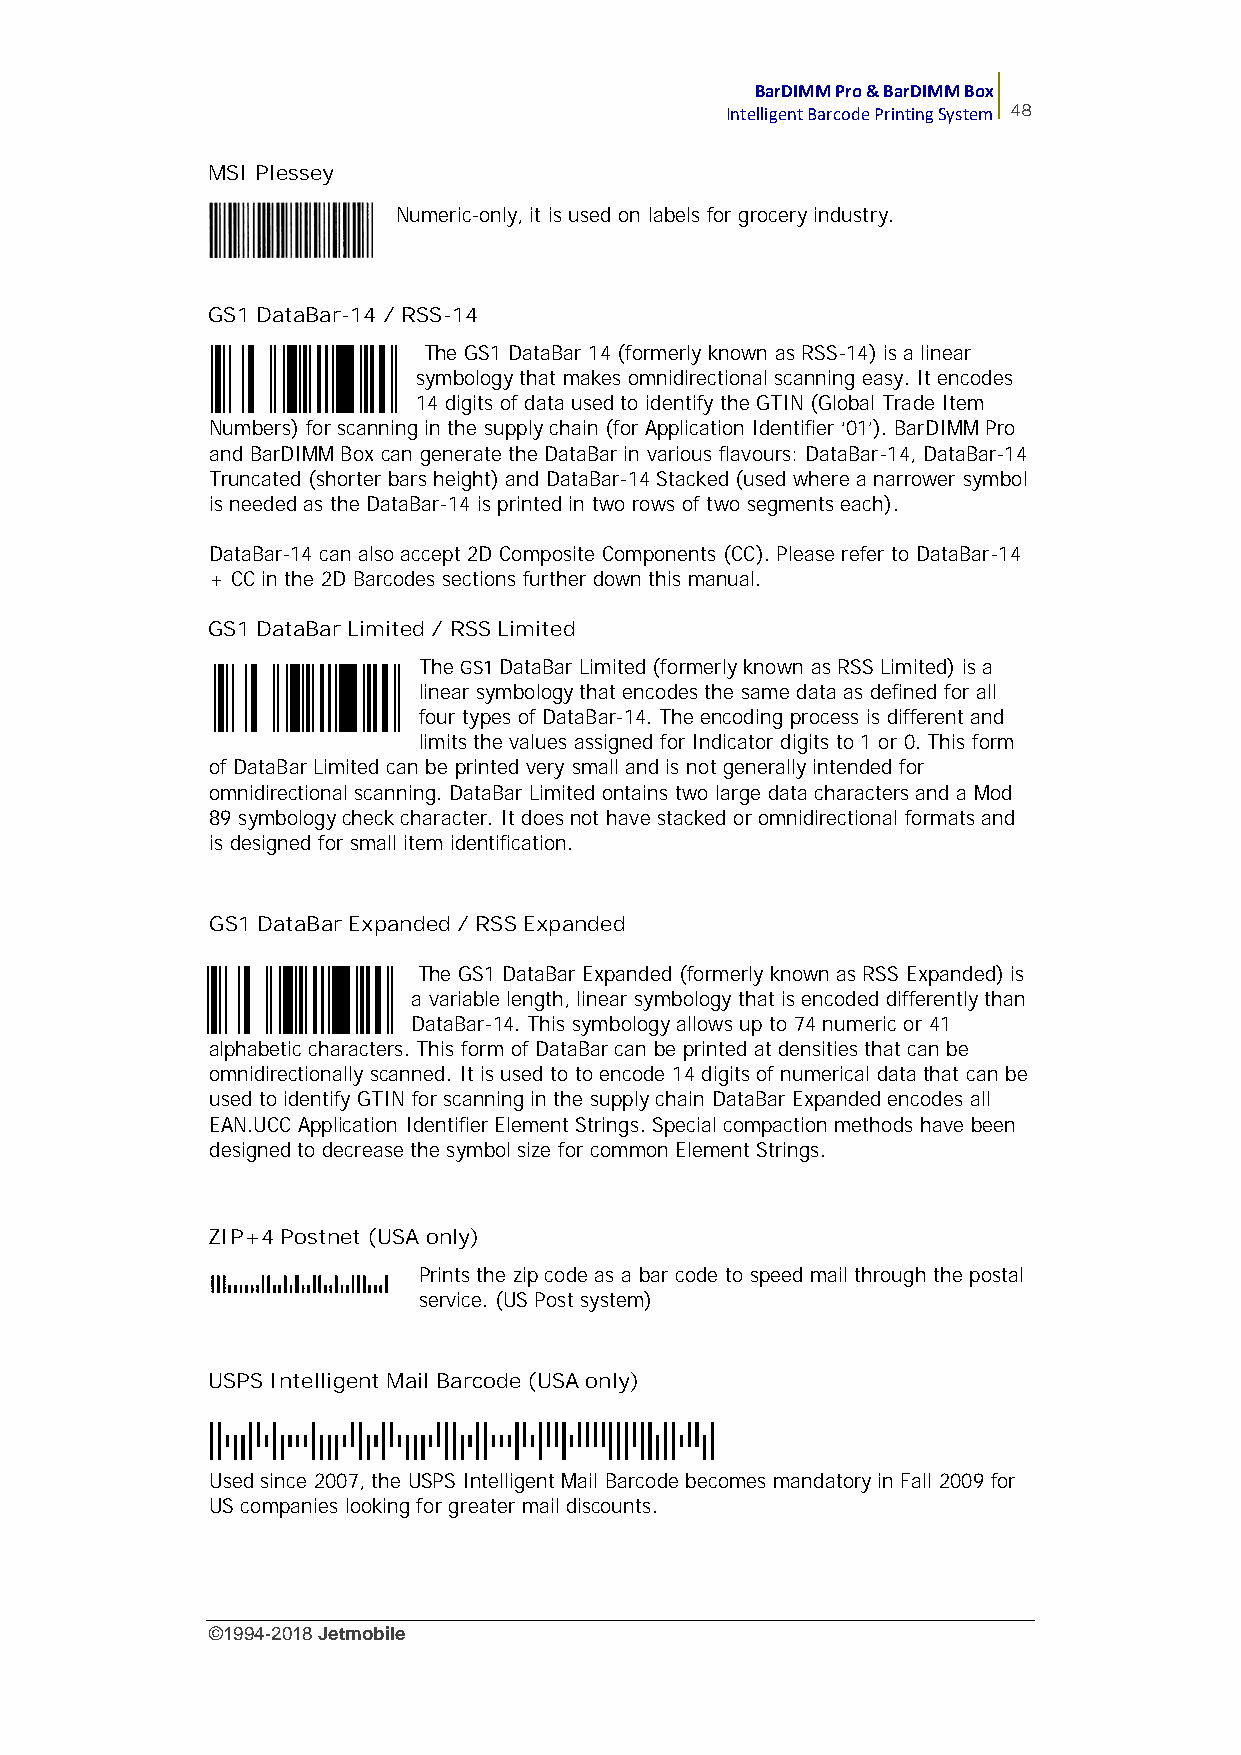
BarDIMM Pro & BarDIMM Box
 Intelligent Barcode Printing System 48
 MSI Plessey
 Numeric-only, it is used on labels for grocery industry.
 GS1 DataBar-14 / RSS-14
 The GS1 DataBar 14 (formerly known as RSS-14) is a linear
 symbology that makes omnidirectional scanning easy. It encodes
 14 digits of data used to identify the GTIN (Global Trade Item
 Numbers) for scanning in the supply chain (for Application Identifier ‘01'). BarDIMM Pro
 and BarDIMM Box can generate the DataBar in various flavours: DataBar-14, DataBar-14
 Truncated (shorter bars height) and DataBar-14 Stacked(used where a narrower symbol
 is needed as the DataBar-14 is printed in two rows of two segments each).
 DataBar-14 can also accept 2D Composite Components (CC). Please refer to DataBar-14
 + CC in the 2D Barcodes sections further down this manual.
 GS1 DataBar Limited / RSS Limited
 The GS1DataBar Limited (formerly known as RSS Limited) is a
 linear symbology that encodes the same data as defined for all
 four types of DataBar-14. The encoding process is different and
 limits the values assigned for Indicator digits to 1 or 0. This form
 of DataBar Limited can be printed very small and is not generally intended for
 omnidirectional scanning. DataBar Limited ontains two large data characters and a Mod
 89 symbology check character. It does not have stacked or omnidirectional formats and
 is designed for small item identification.
 GS1 DataBar Expanded / RSS Expanded
 The GS1 DataBar Expanded (formerly known as RSS Expanded) is
 a variable length, linear symbology that is encoded differently than
 DataBar-14. This symbology allows up to 74 numeric or 41
 alphabetic characters. This form of DataBar can be printed at densities that can be
 omnidirectionally scanned. It is used to to encode 14 digits of numerical data that can be
 used to identify GTIN for scanning in the supply chain DataBar Expanded encodes all
 EAN.UCC Application Identifier Element Strings. Special compaction methods have been
 designed to decrease the symbol size for common Element Strings.
 ZIP+4 Postnet (USA only)
 Prints the zip code as a bar code to speed mail through the postal
 service. (US Post system)
 USPS Intelligent Mail Barcode (USA only)
 Used since 2007, the USPS Intelligent Mail Barcode becomes mandatory in Fall 2009 for
 US companies looking for greater mail discounts.
 ©1994-2018Jetmobile
 E
 r
 r
 o